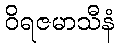
ဝိရဇမာသီနံ